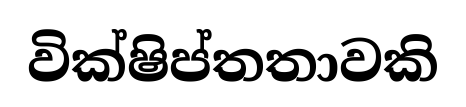
වික්ෂිප්තතාවකි